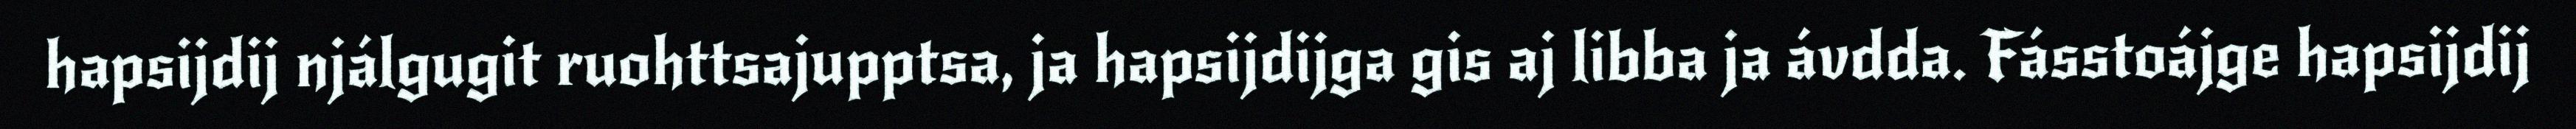
hapsijdij njálgugit ruohttsajupptsa, ja hapsijdijga gis aj libba ja ávdda. Fásstoájge hapsijdij